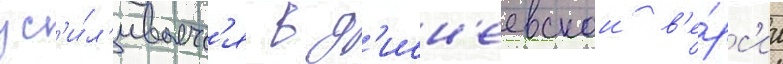
ус'и́л'иваетс'я в д'исн'еевскои в'е́рс'ии